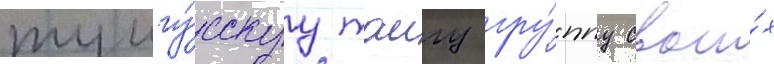
тунгу́сскуу таигу гру́ппу свои́х